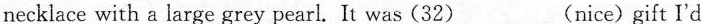
necklace with a large grey pearl. It was (32)___(nice)gift I'd